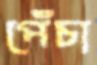
পেঁচা